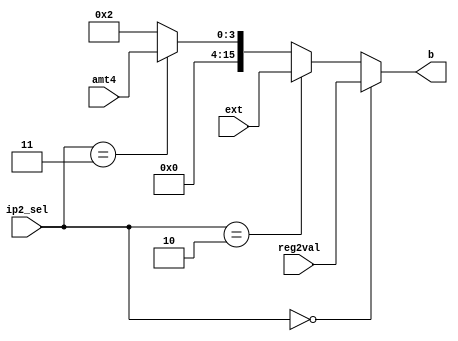
//input 2 of alu
module alu_ip2(b,ip2_sel, reg2val, ext, amt4);
output [15:0] b;
input [15:0] reg2val;
input [15:0] ext;
input [3:0] amt4;
input [1:0] ip2_sel;

assign b    = (ip2_sel == 2'b00) ? reg2val:
              (ip2_sel == 2'b10) ? ext:
				  (ip2_sel == 2'b11) ? {12'b0,amt4[3:0]}:    //zero extension
												16'b10;

endmodule